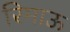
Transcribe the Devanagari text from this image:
रिमाऊ